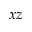
x z